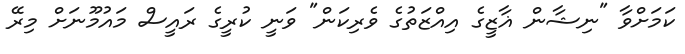
ކަމަށްވާ "ނިޝާން ޣާޒީގެ އިއްޒަތުގެ ވެރިކަން" ވަނީ ކުރީގެ ރައީސް މައުމޫނަށް މިރޭ